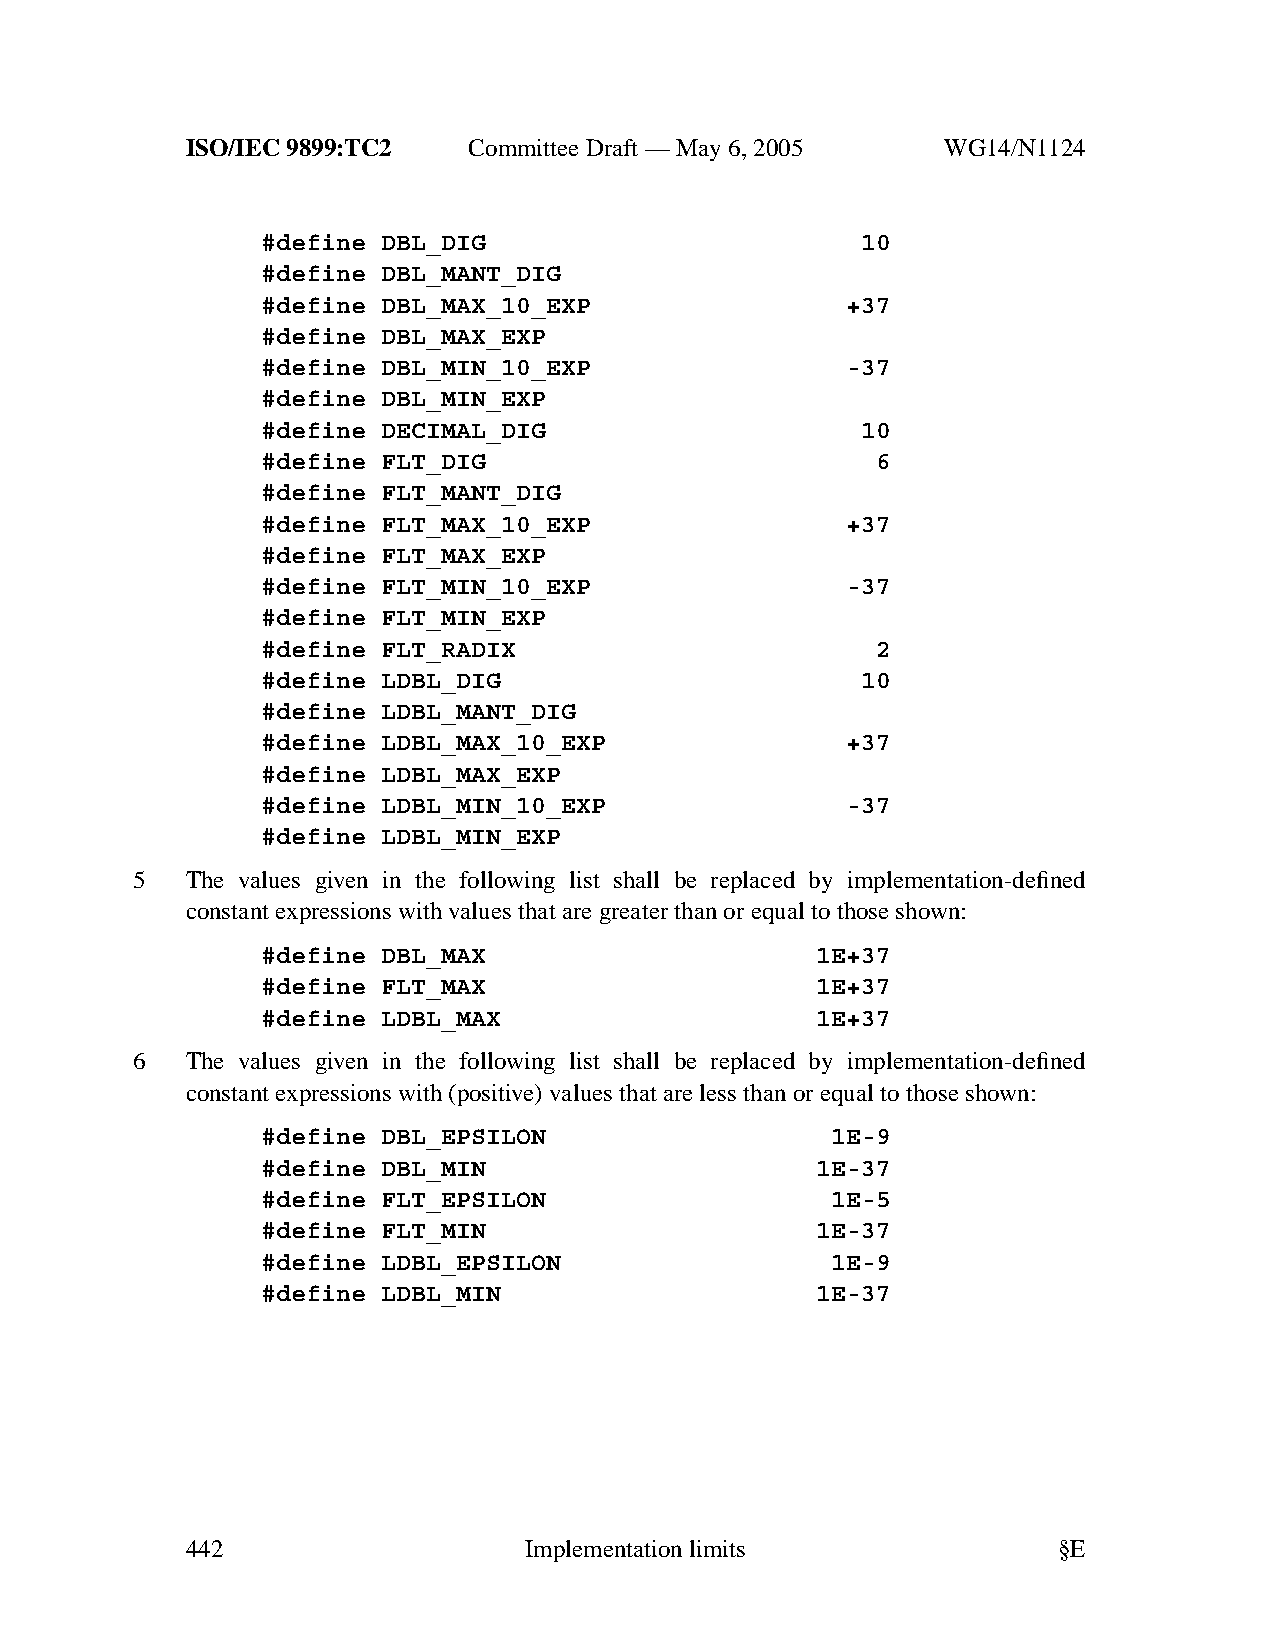
ISO/IEC 9899:TC2   Committee Draft — May 6, 2005   WG14/N1124
 #define DBL_DIG                         10
 #define DBL_MANT_DIG
 #define DBL_MAX_10_EXP                 +37
 #define DBL_MAX_EXP
 #define DBL_MIN_10_EXP                 -37
 #define DBL_MIN_EXP
 #define DECIMAL_DIG                     10
 #define FLT_DIG                          6
 #define FLT_MANT_DIG
 #define FLT_MAX_10_EXP                 +37
 #define FLT_MAX_EXP
 #define FLT_MIN_10_EXP                 -37
 #define FLT_MIN_EXP
 #define FLT_RADIX                        2
 #define LDBL_DIG                        10
 #define LDBL_MANT_DIG
 #define LDBL_MAX_10_EXP                +37
 #define LDBL_MAX_EXP
 #define LDBL_MIN_10_EXP                -37
 #define LDBL_MIN_EXP
 5  The values given in the following list shall be replaced by implementation-defined
 constant expressions with values that are greater than or equal to those shown:
 #define DBL_MAX                      1E+37
 #define FLT_MAX                      1E+37
 #define LDBL_MAX                     1E+37
 6  The values given in the following list shall be replaced by implementation-defined
 constant expressions with (positive) values that are less than or equal to those shown:
 #define DBL_EPSILON                   1E-9
 #define DBL_MIN                      1E-37
 #define FLT_EPSILON                   1E-5
 #define FLT_MIN                      1E-37
 #define LDBL_EPSILON                  1E-9
 #define LDBL_MIN                     1E-37
 442                    Implementationlimits               §E